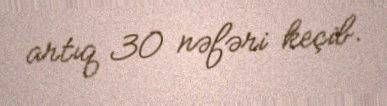
artıq 30 nəfəri keçib.